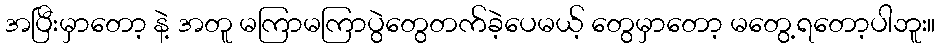
အပြီးမှာတော့ နဲ့ အတူ မကြာမကြာပွဲတွေတက်ခဲ့ပေမယ့် တွေမှာတော့ မတွေ့ရတော့ပါဘူး။